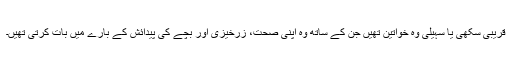
قریبی سکھی یا سہیلی وہ خواتین تھیں جن کے ساتھ وہ اپنی صحت، زرخیزی اور بچے کی پیدائش کے بارے میں بات کرتی تھیں۔